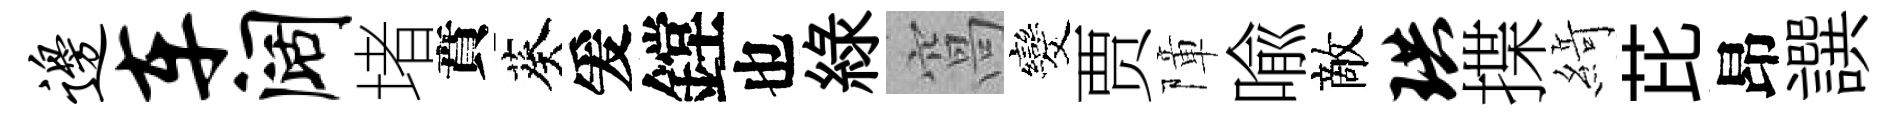
边车阔堵賁葵爰鏜也綠窩发贾障喩敵珙揲𦂶芘昂譔